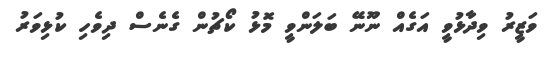
ވަޒީރު ވިދާޅުވީ އަގެއް ނޫނޭ ބަލަންވީ މޮޅު ކޯޗުން ގެނެސް ދިވެހި ކުޅިވަރު